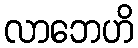
လာဘေဟိ